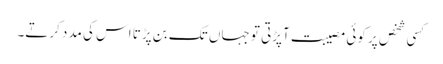
کسی شخص پر کوئی مصیبت آپڑتی تو جہاں تک بن پڑتا اس کی مدد کرتے۔